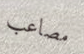
مصاعب